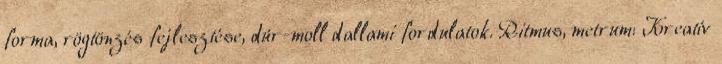
forma, rögtönzés fejlesztése, dúr-moll dallami fordulatok. Ritmus, metrum: Kreatív